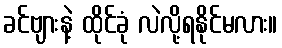
ခင်ဗျားနဲ့ ထိုင်ခုံ လဲလို့ရနိုင်မလား။